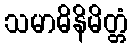
သမာဓိနိမိတ္တံ